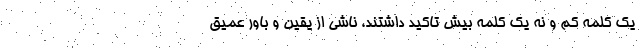
یک کلمه کم و نه یک کلمه بیش تاکید داشتند، ناشی از یقین و باور عمیق